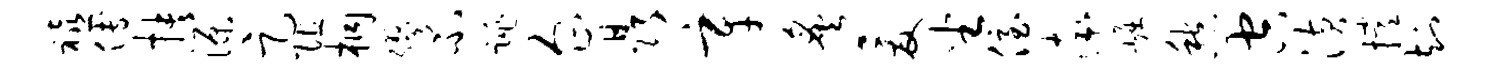
禧傅抉源足阻桐缪不跳企晶辛炙爰坐侄率崛愁空潢撑知